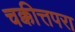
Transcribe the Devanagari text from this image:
चक्कीत्तपरा